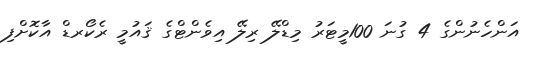
އަންހެނުންގެ 4 ގުނަ 100މީޓަރު މިޑްލޭ ރިލޭ އިވެންޓްގެ ޤައުމީ ރެކޯރޑް އާކޮށްފި